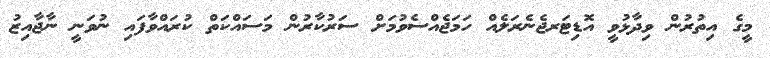
މީގެ އިތުރުން ވިދާޅުވީ އޮޑިޓަރޖެނެރަލެއް ހަމަޖެއްސެވުމަށް ސަރުކާރުން މަސައްކަތް ކުރައްވާފައި ނުވަނީ ނާޖާއިޒު